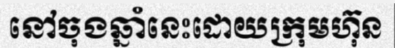
នៅចុងឆ្នាំនេះដោយក្រុមហ៊ុន